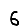
Digit: 6